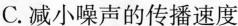
C.减小噪声的传播速度